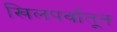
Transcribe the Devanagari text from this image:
खिलपर्वातून